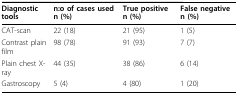
<table><thead><tr><td><b>Diagnostic tools</b></td><td><b>n:o of cases used n (%)</b></td><td><b>True positive n (%)</b></td><td><b>False negative n (%)</b></td></tr></thead><tbody><tr><td>CAT-scan</td><td>22 (18)</td><td>21 (95)</td><td>1 (5)</td></tr><tr><td>Contrast plain film</td><td>98 (78)</td><td>91 (93)</td><td>7 (7)</td></tr><tr><td>Plain chest X-ray</td><td>44 (35)</td><td>38 (86)</td><td>6 (14)</td></tr><tr><td>Gastroscopy</td><td>5 (4)</td><td>4 (80)</td><td>1 (20)</td></tr></tbody></table>